Medical and sanitary report of the native army of Bengal for the year
Year: 1875
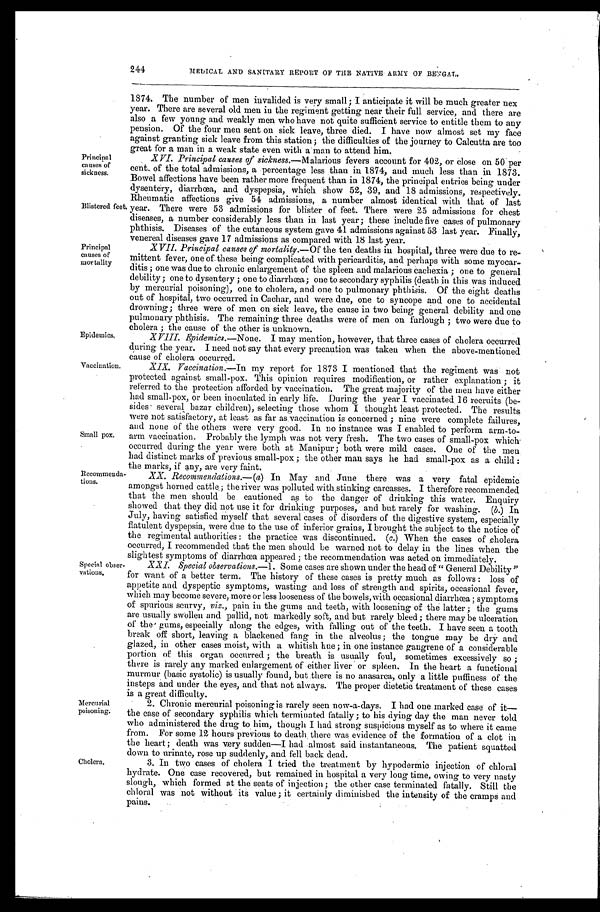
244
MEDICAL AND SANITARY REPORT OF THE NATIVE ARMY OF BENGAL.
Principal
causes of
sickness.
Blistered feet.
1874. The number of men invalided is very small; I anticipate it will be much greater nex
year. There are several old men in the regiment getting near their full service, and there are
also a few young and weakly men who have not quite sufficient service to entitle them to any
pension. Of the four men sent on sick leave, three died. I have now almost set my face
against granting sick leave from this station; the difficulties of the journey to Calcutta are too
great for a man in a weak state even with a man to attend him.
XVI. Principal causes of sickness. —Malarious fevers account for 402, or close on 50 per
cent. of the total admissions, a percentage less than in 1874, and much less than in 1873.
Bowel affections have been rather more frequent than in 1874, the principal entries being under
dysentery, diarrhœa, and dyspepsia, which show 52, 39, and 18 admissions, respectively.
Rheumatic affections give 54 admissions, a number almost identical with that of last
year. There were 53 admissions for blister of feet. There were 25 admissions for chest
diseases, a number considerably less than in last year; these include five cases of pulmonary
phthisis. Diseases of the cutaneous system gave 41 admissions against 53 last year. Finally,
venereal doseases gave 17 admissions as compared with 18 last year.
Principal
causes of
mor
Epidemics,
XVII. Principal causes of mortality .—Of the ten deaths in hospital, three were due to re
-
mittent fever, one of these being complicated with pericarditis, and perhaps with some myocar
-
ditis; one was due to chronic enlargement of the spleen and malarious cachexia; one to general
debility; one to dysentery; one to diarrhœa; one to secondary syphilis (death in this was induced
by mercurial poisoning), one to cholera, and one to pulmonary phthisis. Of the eight deaths
out of hospital, two occurred in Cachar, and were due, one to syncope and one to accidental
drowning; three were of men on sick leave, the cause in two being general debility and one
pulmonary phthisis, The remaining three deaths were of men on furlough; two were due to
cholera; the cause of the other is unknown.
XVIII. Epidemics.—None. I may mention, however, that three cases of cholera occurred
during the year. I need not say that every precaution was taken when the above-mentioned
cause of cholera occurred.
Vaccination.
Small pox.
Recommenda
-tions.
Special obser
-vations.
Mercurial
poisoning.
XIX. Vaccination .—In my report for 1873 I mentioned that the regiment was not
protected against small-pox. This opinion requires modification, or rather explanation; it
referred to the protection afforded by vaccination. The great majority of the men have either
had small-pox, or been inoculated in early life. During the year I vaccinated , 16 recruits (be
- s i d e s s e v e r a l b a z a r c h i l d r e n ) , s e l e c t i n g t h o s e w h o m I t h o u g h t l e a s t p r o t e c t e d . T h e r e s u l t s
were not satisfactory, at least as far as vaccination is concerned ; nine were complete failures,
and none of the others were very good. In no instance was I enabled to perform arm-to
- a r m v a c c i n a t i o n . P r o b a b l y t h e l y m p h w a s n o t v e r y f r e s h . T h e t w o c a s e s o f s m a l l - p o x w h i c h .
occurred during the year were both at Manipur; both were mild cases. One of the men
had distinct marks of previous small-pox; the other man says he had small-pox as a child:
the marks, if any, are very faint.
XX.Recommendations .—(a) In May and June there was a very fatal epidemic
amongst horned cattle. ; the river was polluted with stinking carcasses. I therefore recommended
that the men should be cautioned as to the danger of drinking this water. Enquiry
showed that they did not use it for drinking purposes, and but rarely for washing. ( b.) In
July, having satisfied myself that several cases of disorders of the digestive system, especially
flatulent dyspepsia, were due to the use of inferior grains, I brought the subject to the notice of
the regimental authorities: the practice was discontinued. ( c.) When the cases of cholera
occurred, I recommended that the men should be warned not to delay in the lines when the
slightest symptoms of diarrhœa appeared; the recommendation was acted on immediately.
XXI. Special observations .-1. Some cases are shown under the head of "General Debility"
for want of a better term. The history of these cases is pretty much as follows: loss of
appetite and dyspeptic symptoms, wasting and loss of strength and spirits, occasional fever,
which may become severe, more or less looseness of the bowels, with occasional diarrhœa; symptoms
of spurious scurvy, viz., pain in the gums and teeth, with loosening of the latter; the gums
are usually swollen and pallid, not markedly soft, and but rarely bleed; there may be ulceration
of the gums, especially along the edges, with falling out of the teeth. I have seen a tooth
break off short, leaving a blackened fang in the alveolus; the tongue may be dry and
glazed, in other cases moist, with a whitish hue; in one instance gangrene of a considerable
portion of this organ occurred; the breath is usually foul, sometimes excessively so;
there is rarely any marked enlargement of either liver or spleen. In the heart a functional
murmur (basic systolic) is usually found, but there is no anasarca, only a little puffiness of the
insteps and
under the eyes, and that not always. The proper dietetic treatment of these cases
is a great difficulty
.
2. Chronic mercurial poisoning is rarely seen now-a-days, I had one marked case of it
— t h e c a s e o f s e c o n d a r y s y p h i l i s w h i c h t e r m i n a t e d f a t a l l y ; t o h i s d y i n g d a y t h e m a n n e v e r t o l d
who administered the drug to him, though I had strong suspicions myself as to where it came
from. For some 12 hours previous to death , there was evidence of the formation of a clot in
the heart; death was very sudden—I had almost said instantaneous. The patient squatted
down to urinate rose an suddenly, and fell back dead.
Cholera
3. In two cases of cholera I tried the treatment by hypodermic injection of chloral
hydrate. One case recovered, but remained in hospital a very long time, owing to very nasty
slough
'
which formed at the seats of injection; the other case terminated fatally. Still the
chloral was not without its value; it certainly diminished the intensity of the cramps and
pains.